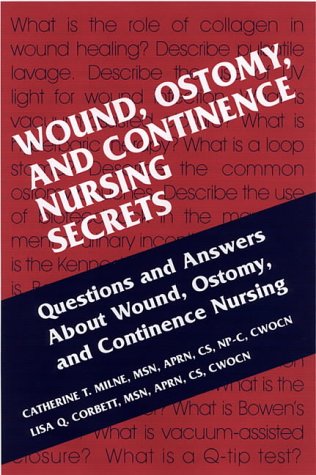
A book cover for Wound, Ostomy and Continence Nursing Secrets, 1e; Catherine T. Milne MSN  APRN  CS  ANP  CWOCN; Medical Books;